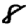
Digit: 8